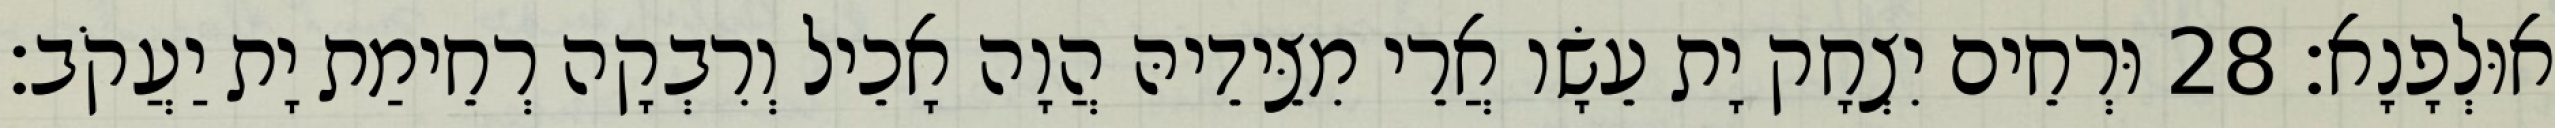
אוּלְפָנָא׃ 28 וּרְחֵים יִצְחָק יָת עֵשָׂו אֲרֵי מִצֵּידֵיהּ הֲוָה אָכֵיל וְרִבְקָה רְחֵימַת יָת יַעֲקֹב׃